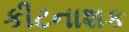
કીટનાશક